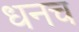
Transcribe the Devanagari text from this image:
धनच